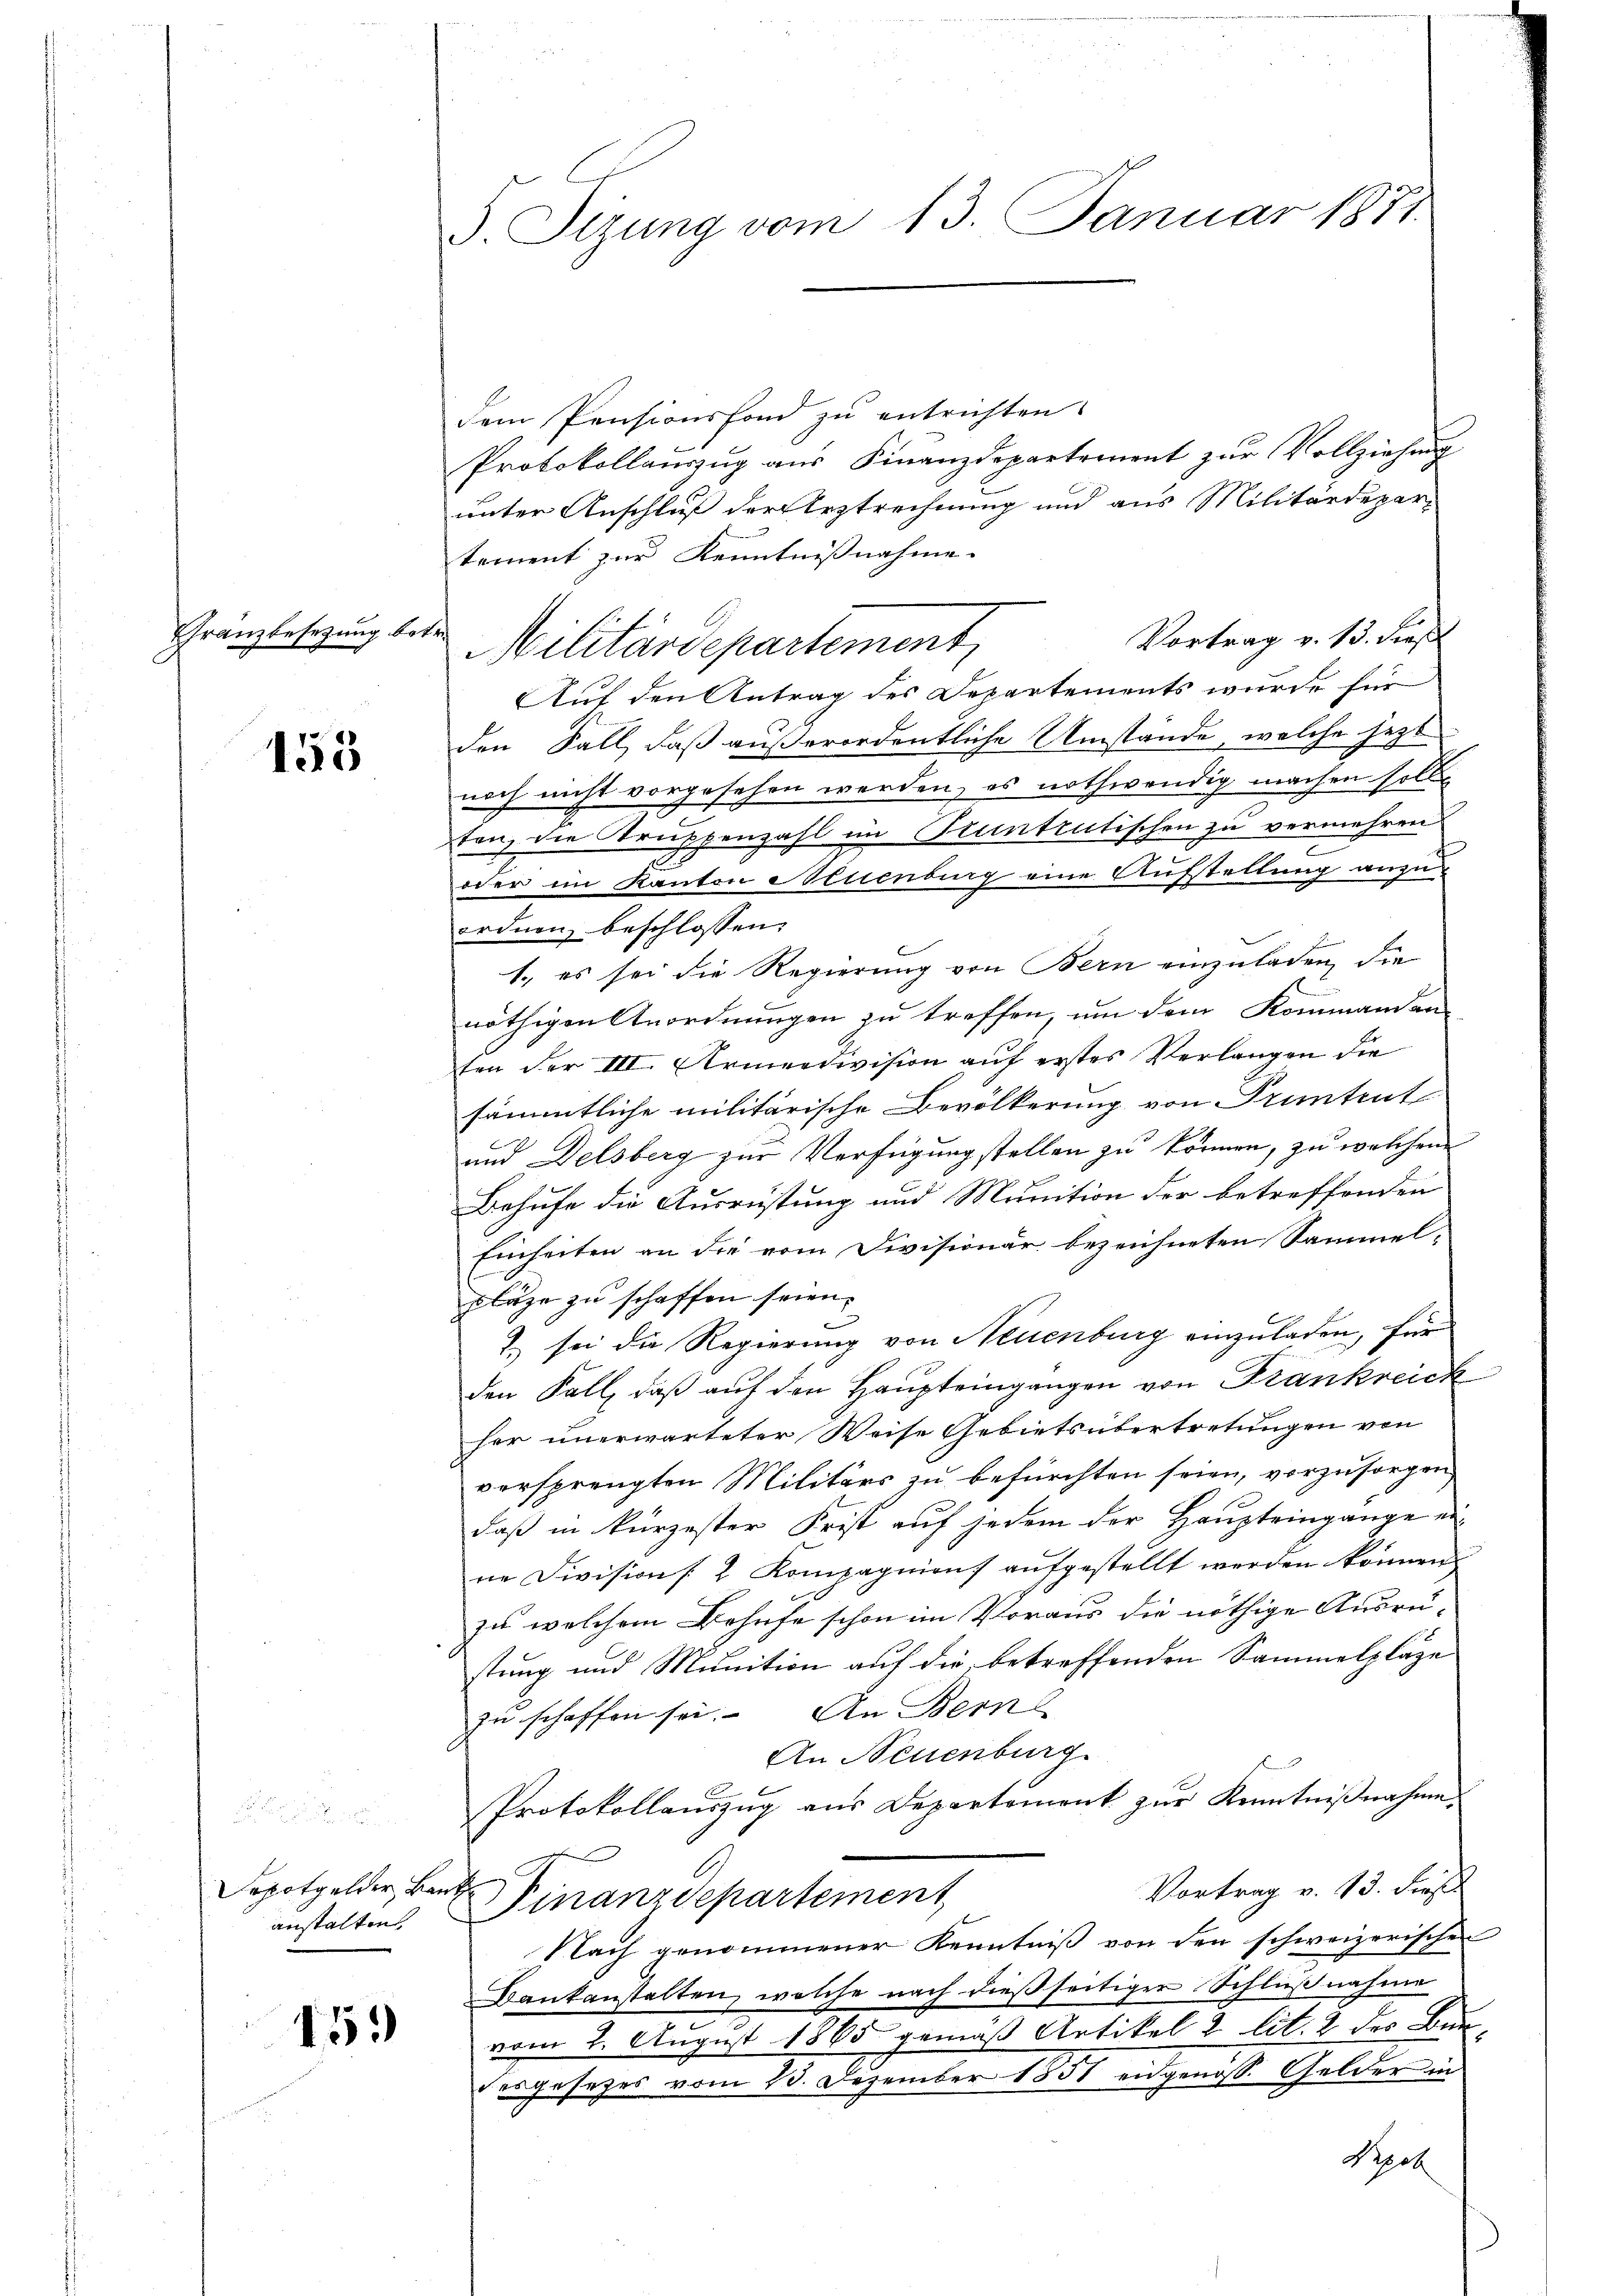
Franzbesetzung bet

155

Sepotgelder Bank
anstalten

153

S. Tizung vom 13. Januar 1871.

dem Pensionsfond zu entrichten.
Protokollauszug aus Finanzdepartement zur Vollziehung
unter Anschluß der Arztrechnung und aus Militärdepartement zur Kenntnißnahme.
Vortrag v. 13. dies
Militärdepartement
Auf den Antrag des Departements wurde für
den Fall, daß außerordentliche Umstände, welche jetzt
noch nicht vorgesehen werden, es nothwendig machen soll
ten, die Struppenzahl im Truntrutischen zu vermehren
E
oder im Kanton Neuenburg eine Aufstellung anzuordnen beschlossen,
1. es sei die Regierung von Bern einzuladen, die
nöthigen Anordnungen zu treffen, um dem Kommandan
ten der III. Armeedivision auf erstes Verlangen die
sämmtliche militärische Bevölkerung von Pruntrut
und Delsberg zur Verfügung stellen zu können, zu welchen
Behufe die Ausrüstung und Munition der betreffenden
Einheiten an die vom Divisionär bezeichneten Sammel-
pläge zu schaffen seien.
7. sei die Regierung von Neuenburg einzuladen, für
den Fall, daß auf den Haupteingangen von Krankreich
her unerwarteter Weise Gebietsübertretungen von
versprengten Militärs zu befürchten seien, vorzŭsorgen
daß in kürzester Frist auf jedem der Haupteingange eine Divisions Kompagnien aufgestellt werden können.
zu welchem Behufe schon im Voraus die nöthige Ausrüstung und Munition auf die, betreffenden Sammelpläge
zu schaffen sei. An Bern
An Neuenburg
Protokollauszug aus Departement zur Kenntnißnahme.
Vortrag v. 13. dies
Finanzdepartement
Nach genommener Kenntniß von den schweizerischen
Bankanstalten, welche nach dießseitiger Schlußnahme
vom 2. August 1865 gemäß Artikel 2 lit. 2 der Bun-
dergesetzes vom 23. Dezember 1851 eidgenoss. Gelder in
Prech